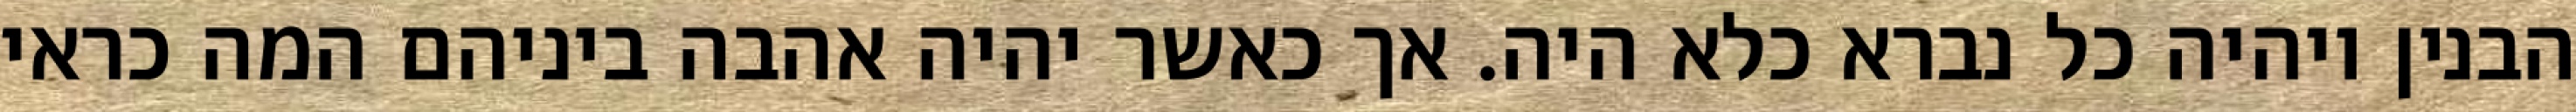
הבנין ויהיה כל נברא כלא היה. אך כאשר יהיה אהבה ביניהם המה כראי